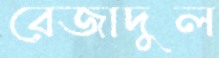
রেজাদুল